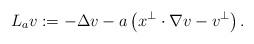
LaTeX: \begin{align*}L_a v:=-\Delta v-a\left(x^\perp\cdot\nabla v-v^\perp\right).\end{align*}